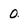
Character: 0